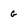
Character: g